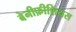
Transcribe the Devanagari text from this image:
बेनीफ़ीशियस